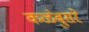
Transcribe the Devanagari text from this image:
कळंबुसरे